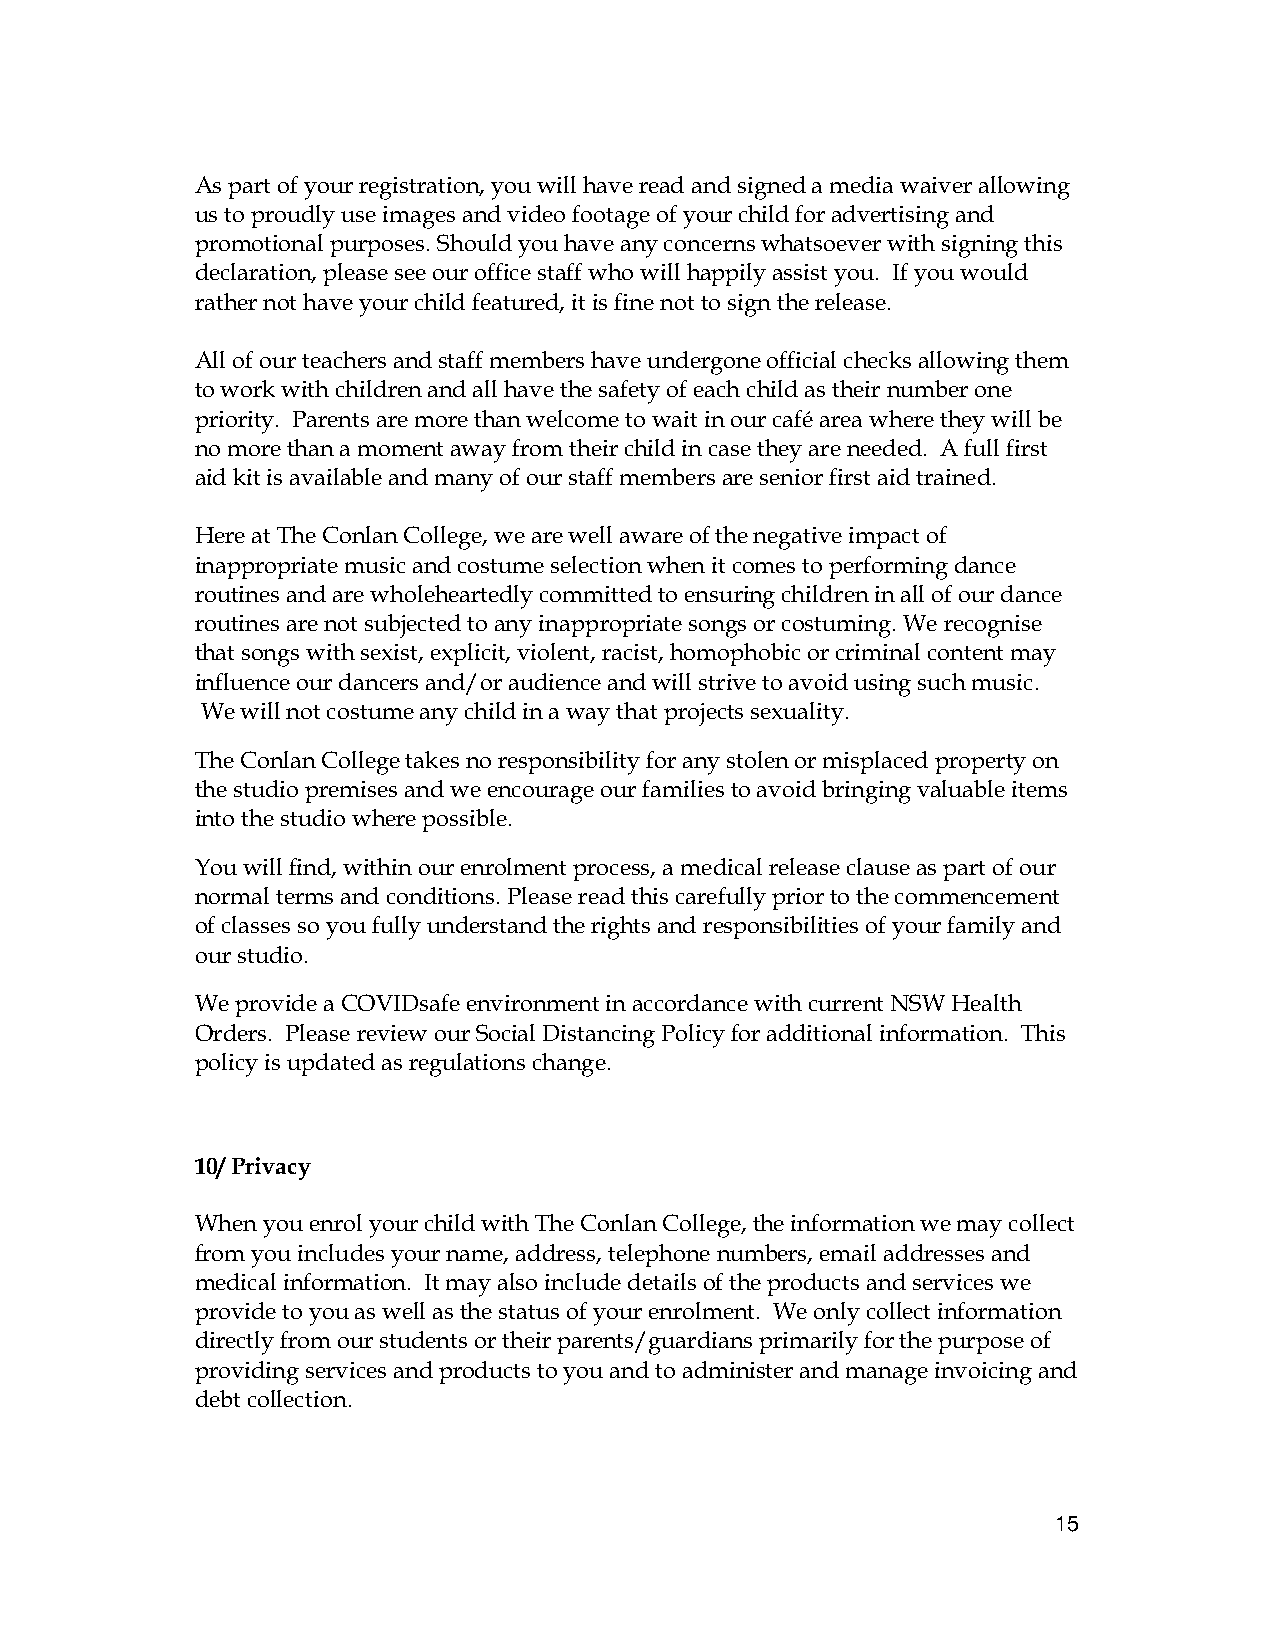
As part of your registration, you will have read and signed a media waiver allowing
 us to proudly use images and video footage of your child for advertising and
 promotional purposes. Should you have any concerns whatsoever with signing this
 declaration, please see our office staff who will happily assist you. If you would
 rather not have your child featured, it is fine not to sign the release.
 All of our teachers and staff members have undergone official checks allowing them
 to work with children and all have the safety of each child as their number one
 priority. Parents are more than welcome to wait in our café area where they will be
 no more than a moment away from their child in case they are needed. A full first
 aid kit is available and many of our staff members are senior first aid trained.
 Here at The Conlan College, we are well aware of the negative impact of
 inappropriate music and costume selection when it comes to performing dance
 routines and are wholeheartedly committed to ensuring children in all of our dance
 routines are not subjected to any inappropriate songs or costuming. We recognise
 that songs with sexist, explicit, violent, racist, homophobic or criminal content may
 influence our dancers and/or audience and will strive to avoid using such music.
 We will not costume any child in a way that projects sexuality.
 The Conlan College takes no responsibility for any stolen or misplaced property on
 the studio premises and we encourage our families to avoid bringing valuable items
 into the studio where possible.
 You will find, within our enrolment process, a medical release clause as part of our
 normal terms and conditions. Please read this carefully prior to the commencement
 of classes so you fully understand the rights and responsibilities of your family and
 our studio.
 We provide a COVIDsafe environment in accordance with current NSW Health
 Orders. Please review our Social Distancing Policy for additional information. This
 policy is updated as regulations change.
 10/ Privacy
 When you enrol your child with The Conlan College, the information we may collect
 from you includes your name, address, telephone numbers, email addresses and
 medical information. It may also include details of the products and services we
 provide to you as well as the status of your enrolment. We only collect information
 directly from our students or their parents/guardians primarily for the purpose of
 providing services and products to you and to administer and manage invoicing and
 debt collection.
 15